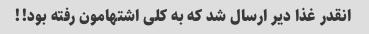
انقدر غذا دیر ارسال شد که به کلی اشتهامون رفته بود!!